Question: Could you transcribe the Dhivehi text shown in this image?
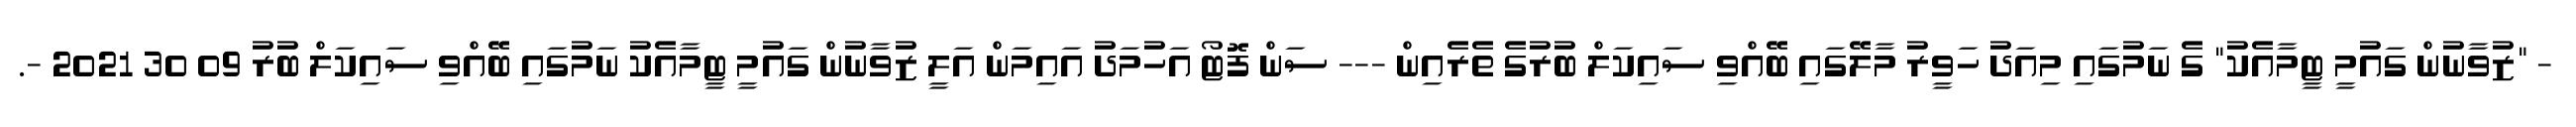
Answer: - "ޒުވާނުން ގައުމީ ޓީމާއެކު" ގެ ނަމުގައި މިއަދު ހަވީރު މާލޭގައި ބޭއްވި ސައިކަލް ބުރުގެ ތެރެއިން --- ސަން ފޮޓޯ އަހުމަދު އައިމަން އަލީ ޒުވާނުން ގައުމީ ޓީމާއެކު ނަމުގައި ބޭއްވި ސައިކަލް ބުރު 09 30 2021 -.